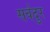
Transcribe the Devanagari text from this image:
सर्वदुर